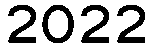
2022